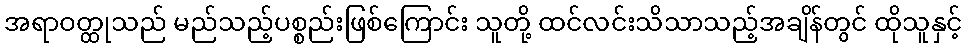
အရာဝတ္ထုသည် မည်သည့်ပစ္စည်းဖြစ်ကြောင်း သူတို့ ထင်လင်းသိသာသည့်အချိန်တွင် ထိုသူနှင့်